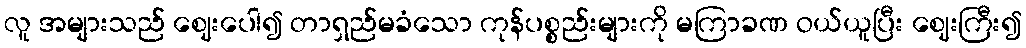
လူ အများသည် ဈေးပေါ၍ တာရှည်မခံသော ကုန်ပစ္စည်းများကို မကြာခဏ ဝယ်ယူပြီး ဈေးကြီး၍